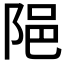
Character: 𨹝